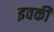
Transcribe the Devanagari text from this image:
इवकी